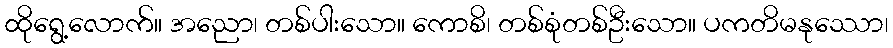
ထိုရွေ့လောက်။ အညော၊ တစ်ပါးသော။ ကောစိ၊ တစ်စုံတစ်ဦးသော။ ပကတိမနုဿော၊